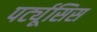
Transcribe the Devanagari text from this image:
पर्ट्यूसिस